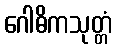
ဂေါဓိကသုတ္တံ